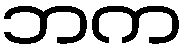
ဘက